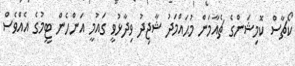
ކޯޗާސް ކޮމިޝަންގެ ޗެއާމަން މުޙައްމަދު ޝާޖިދު ވިދާޅުވީ ގައުމީ އަންހެން ޓީމުގެ އެއްވެސް